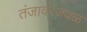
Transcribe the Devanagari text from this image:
तंजावरजवळ